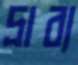
দ্রাব্য